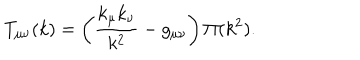
T _ { \mu \nu } ( k ) = \left( \frac { k _ { \mu } k _ { \nu } } { k ^ { 2 } } - g _ { \mu \nu } \right) \Pi ( k ^ { 2 } ) .